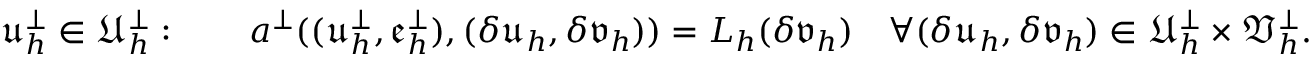
\begin{array} { r } { \mathfrak { u } _ { h } ^ { \perp } \in \ensuremath { \mathfrak { U } } _ { h } ^ { \perp } : \qquad a ^ { \perp } ( ( \mathfrak { u } _ { h } ^ { \perp } , \mathfrak { e } _ { h } ^ { \perp } ) , ( \delta \mathfrak { u } _ { h } , \delta \mathfrak { v } _ { h } ) ) = L _ { h } ( \delta \mathfrak { v } _ { h } ) \quad \forall ( \delta \mathfrak { u } _ { h } , \delta \mathfrak { v } _ { h } ) \in \ensuremath { \mathfrak { U } } _ { h } ^ { \perp } \times \ensuremath { \mathfrak { V } } _ { h } ^ { \perp } . } \end{array}